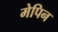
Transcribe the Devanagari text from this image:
मेपिन